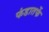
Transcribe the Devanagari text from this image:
फंडातर्फे